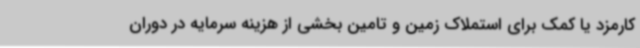
کارمزد یا کمک برای استملاک زمین و تامین بخشی از هزینه سرمایه در دوران